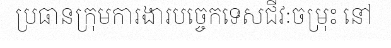
ប្រធានក្រុមការងារបច្ចេកទេសជីវៈចម្រុះ នៅ